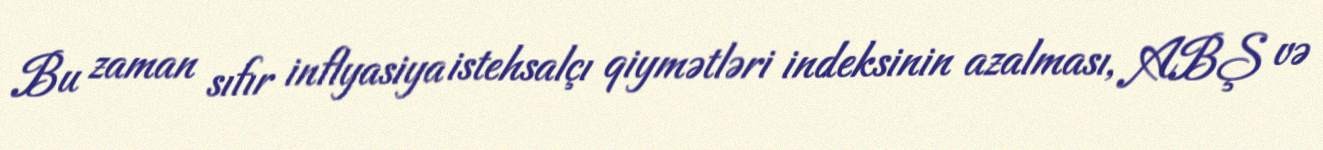
Bu zaman sıfır inflyasiya istehsalçı qiymətləri indeksinin azalması, ABŞ və